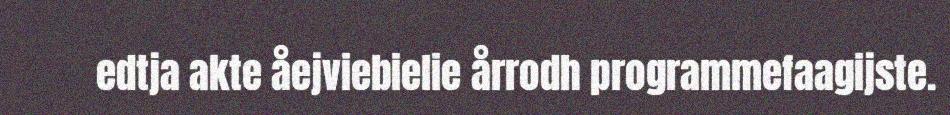
edtja akte åejviebielie årrodh programmefaagijste.